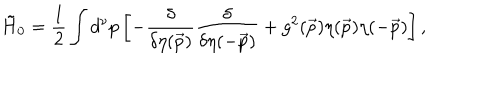
{ \tilde { H } } _ { 0 } = { \frac { 1 } { 2 } } \int d ^ { \nu } p \left[ - { \frac { \delta } { \delta \eta ( \vec { p } ) } } { \frac { \delta } { \delta \eta ( - \vec { p } ) } } + g ^ { 2 } ( \vec { p } ) \eta ( \vec { p } ) \eta ( - \vec { p } ) \right] ,